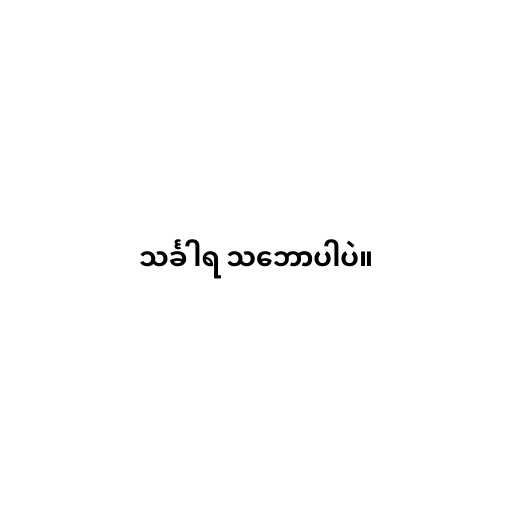
သင်္ခါရ သ‌ဘောပါပဲ။